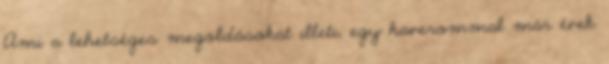
Ami a lehetséges megoldásokat illeti, egy haverommal már évek